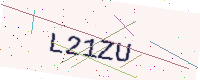
Text: L21ZU